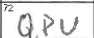
Transcription: QPU